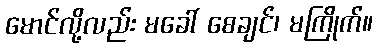
မောင်လို့လည်း မခေါ် စေချင်၊ မကြိုက်။